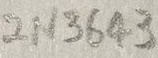
Text: 2N3643